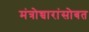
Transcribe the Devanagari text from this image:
मंत्रोच्चारांसोबत